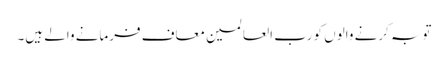
توبہ کرنے والوں کو رب العالمین معاف فرمانے والے ہیں۔